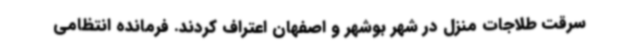
سرقت طلاجات منزل در شهر بوشهر و اصفهان اعتراف کردند. فرمانده انتظامی